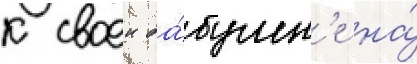
к своеи ба́бушк'е на́